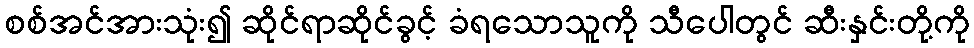
စစ်အင်အားသုံး၍ ဆိုင်ရာဆိုင်ခွင့် ခံရသောသူကို သီပေါတွင် ဆီးနှင်းတို့ကို